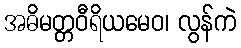
အဓိမတ္တဝီရိယမေဝ၊ လွန်ကဲ